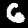
Label: 6